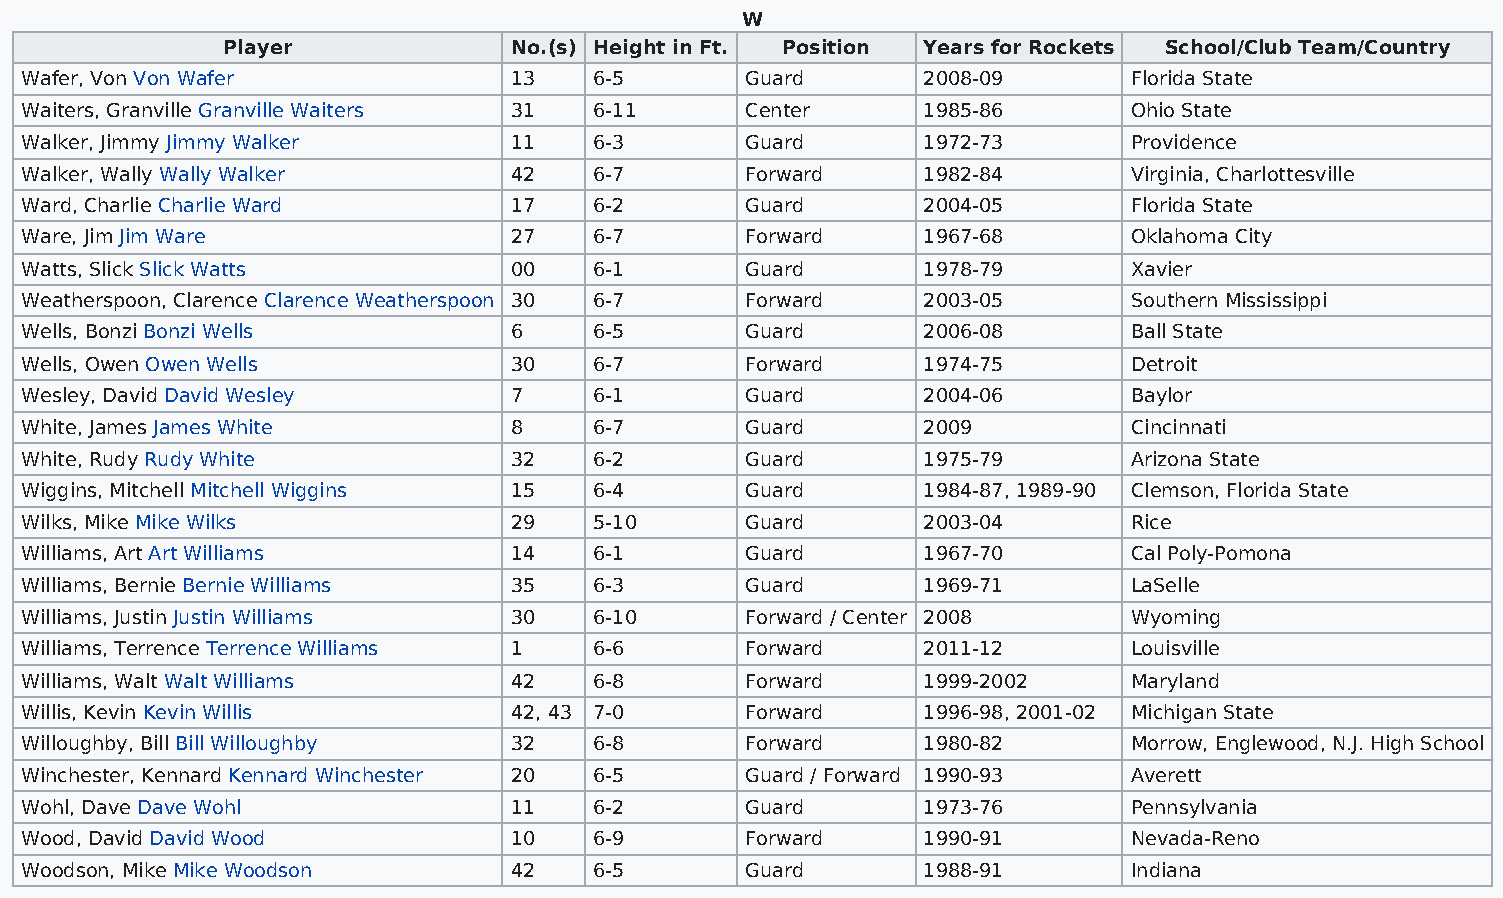
W
 Player             No.(s) Height in Ft. Position Years for Rockets School/Club Team/Country
 Wafer, Von Von Wafer             13   6-5       Guard       2008-09       Florida State
 Waiters, Granville Granville Waiters 31 6-11    Center      1985-86       Ohio State
 Walker, Jimmy Jimmy Walker       11   6-3       Guard       1972-73       Providence
 Walker, Wally Wally Walker       42   6-7       Forward     1982-84       Virginia, Charlottesville
 Ward, Charlie Charlie Ward       17   6-2       Guard       2004-05       Florida State
 Ware, Jim Jim Ware               27   6-7       Forward     1967-68       Oklahoma City
 Watts, Slick Slick Watts         00   6-1       Guard       1978-79       Xavier
 Weatherspoon, Clarence Clarence Weatherspoon 30 6-7 Forward 2003-05       Southern Mississippi
 Wells, Bonzi Bonzi Wells         6    6-5       Guard       2006-08       Ball State
 Wells, Owen Owen Wells           30   6-7       Forward     1974-75       Detroit
 Wesley, David David Wesley       7    6-1       Guard       2004-06       Baylor
 White, James James White         8    6-7       Guard       2009          Cincinnati
 White, Rudy Rudy White           32   6-2       Guard       1975-79       Arizona State
 Wiggins, Mitchell Mitchell Wiggins 15 6-4       Guard       1984-87, 1989-90 Clemson, Florida State
 Wilks, Mike Mike Wilks           29   5-10      Guard       2003-04       Rice
 Williams, Art Art Williams       14   6-1       Guard       1967-70       Cal Poly-Pomona
 Williams, Bernie Bernie Williams 35   6-3       Guard       1969-71       LaSelle
 Williams, Justin Justin Williams 30   6-10      Forward / Center 2008     Wyoming
 Williams, Terrence Terrence Williams 1 6-6      Forward     2011-12       Louisville
 Williams, Walt Walt Williams     42   6-8       Forward     1999-2002     Maryland
 Willis, Kevin Kevin Willis       42, 43 7-0     Forward     1996-98, 2001-02 Michigan State
 Willoughby, Bill Bill Willoughby 32   6-8       Forward     1980-82       Morrow, Englewood, N.J. High School
 Winchester, Kennard Kennard Winchester 20 6-5   Guard / Forward 1990-93   Averett
 Wohl, Dave Dave Wohl             11   6-2       Guard       1973-76       Pennsylvania
 Wood, David David Wood           10   6-9       Forward     1990-91       Nevada-Reno
 Woodson, Mike Mike Woodson       42   6-5       Guard       1988-91       Indiana